Indian journal of veterinary science and animal husbandry - Volume 3,
Year: 1933
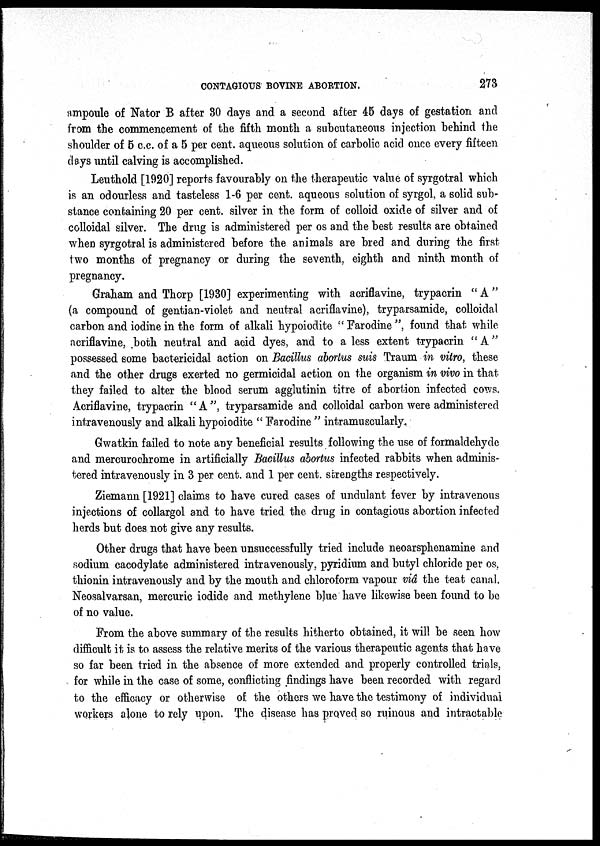
CONTAGIOUS BOVINE ABORTION.
273
ampoule of Nator B after 30 days and a second after 45 days of gestation and
from the commencement of the fifth month a subcutaneous injection behind the
shoulder of 5 c.c. of a 5 per cent. aqueous solution of carbolic acid once every fifteen
days until calving is accomplished.
Leuthold [1920] reports favourably on the therapeutic value of syrgotral which
is an odourless and tasteless 1-6 per cent. aqueous solution of syrgol, a solid sub-
stance containing 20 per cent.silver in the form of colloid oxide of silver and of
colloidal silver. The drug is administered per os and the best results are obtained
when syrgotral is administered before the animals are bred and during the first
two months of pregnancy or during the seventh, eighth and ninth month of
pregnancy.
Graham and Thorp [1930] experimenting with acriflavine, trypacrin " A"
(a compound of gentian-violet and neutral acriflavine), tryparsamide, colloidal
carbon and iodine in the form of alkali hypoiodite "Farodine", found that while
acriflavine, both neutral and acid dyes, and to a less extent trypacrin " A"
possessed some bactericidal action on Bacillus abortus suis Traum in vitro, these
and the other drugs exerted no germicidal action on the organism in vivo in that
they failed to alter the blood serum agglutinin titre of abortion infected cows.
Acriflavine, trypacrin "A", tryparsamide and colloidal carbon were administered
intravenously and alkali hypoiodite " Farodine " intramuscularly.
Gwatkin failed to note any beneficial results following the use of formaldehyde
and mercurochrome in artificially Bacillus abortus infected rabbits when adminis-
tered intravenously in 3 per cent.and 1 per cent.strengths respectively.
Ziemann [1921] claims to have cured cases of undulant fever by intravenous
injections of collargol and to have tried the. drug in contagious abortion infected
herds but does not give any results.
Other drugs that have been unsuccessfully tried include neoarsphenamine and
sodium cacodylate administered intravenously, pyridium and butyl chloride per os,
thionin intravenously and by the mouth and chloroform vapour viâ the teat canal.
Neosalvarsan, mercuric iodide and methylene blue have likewise been found to be
of no value.
From the above summary of the results hitherto obtained, it will be seen how
difficult it is to assess the relative merits of the various therapeutic agents that have
so far been tried in the absence of more extended and properly controlled trials,
for while in the case of some, conflicting findings have been recorded with regard
to the efficacy or otherwise of the others we have the testimony of individual
workers alone to rely upon. The disease has proved so ruinous and intractable